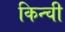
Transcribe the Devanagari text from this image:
किन्ची